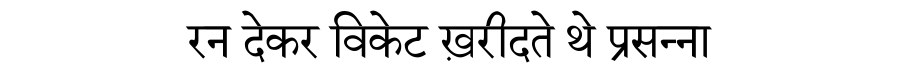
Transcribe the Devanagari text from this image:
रन देकर विकेट ख़रीदते थे प्रसन्ना